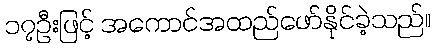
၁၇ဦးဖြင့် အကောင်အထည်ဖော်နိုင်ခဲ့သည်။